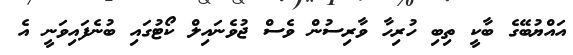
އައްޔުބޭގެ ބާކީ ތިބި ހުރިހާ ވާރިސުން ވެސް ޖުވެނައިލް ކޯޓުގައި ބުނެފައިވަނީ އެ